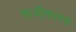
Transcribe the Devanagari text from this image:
वाजीकारक